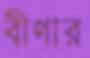
বীণার